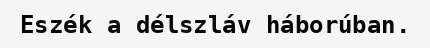
Eszék a délszláv háborúban.